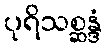
ပုရိသစ္ဆန္ဒံ